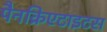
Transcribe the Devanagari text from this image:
पैनक्रिएटाइटस